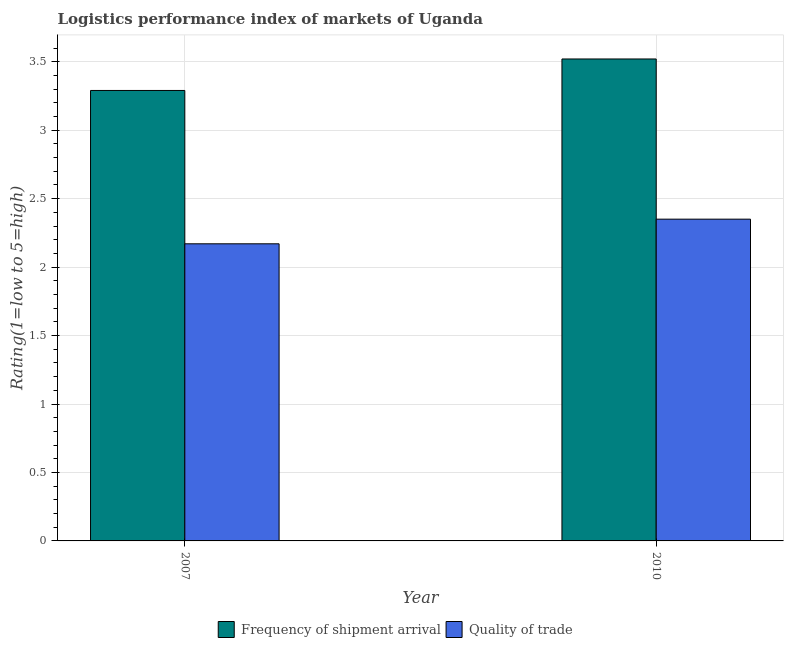
| Year | Frequency of shipment arrival | Quality of trade |
 | --- | --- | --- |
 | 2007 | 3.29 | 2.17 |
 | 2010 | 3.52 | 2.35 |